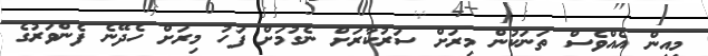
މިއިން އެއްވެސް ތަނަކުން މިރަށް ސަރުކާރަށް ނެގުމަށް ފަހު މިރަށް ހެދޭނެ ފެންވަރުގެ